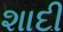
શાદી